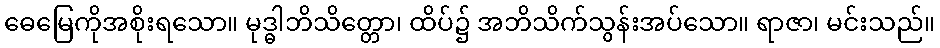
ဓေမြေကိုအစိုးရသော။ မုဒ္ဓါဘိသိတ္တော၊ ထိပ်၌ အဘိသိက်သွန်းအပ်သော။ ရာဇာ၊ မင်းသည်။